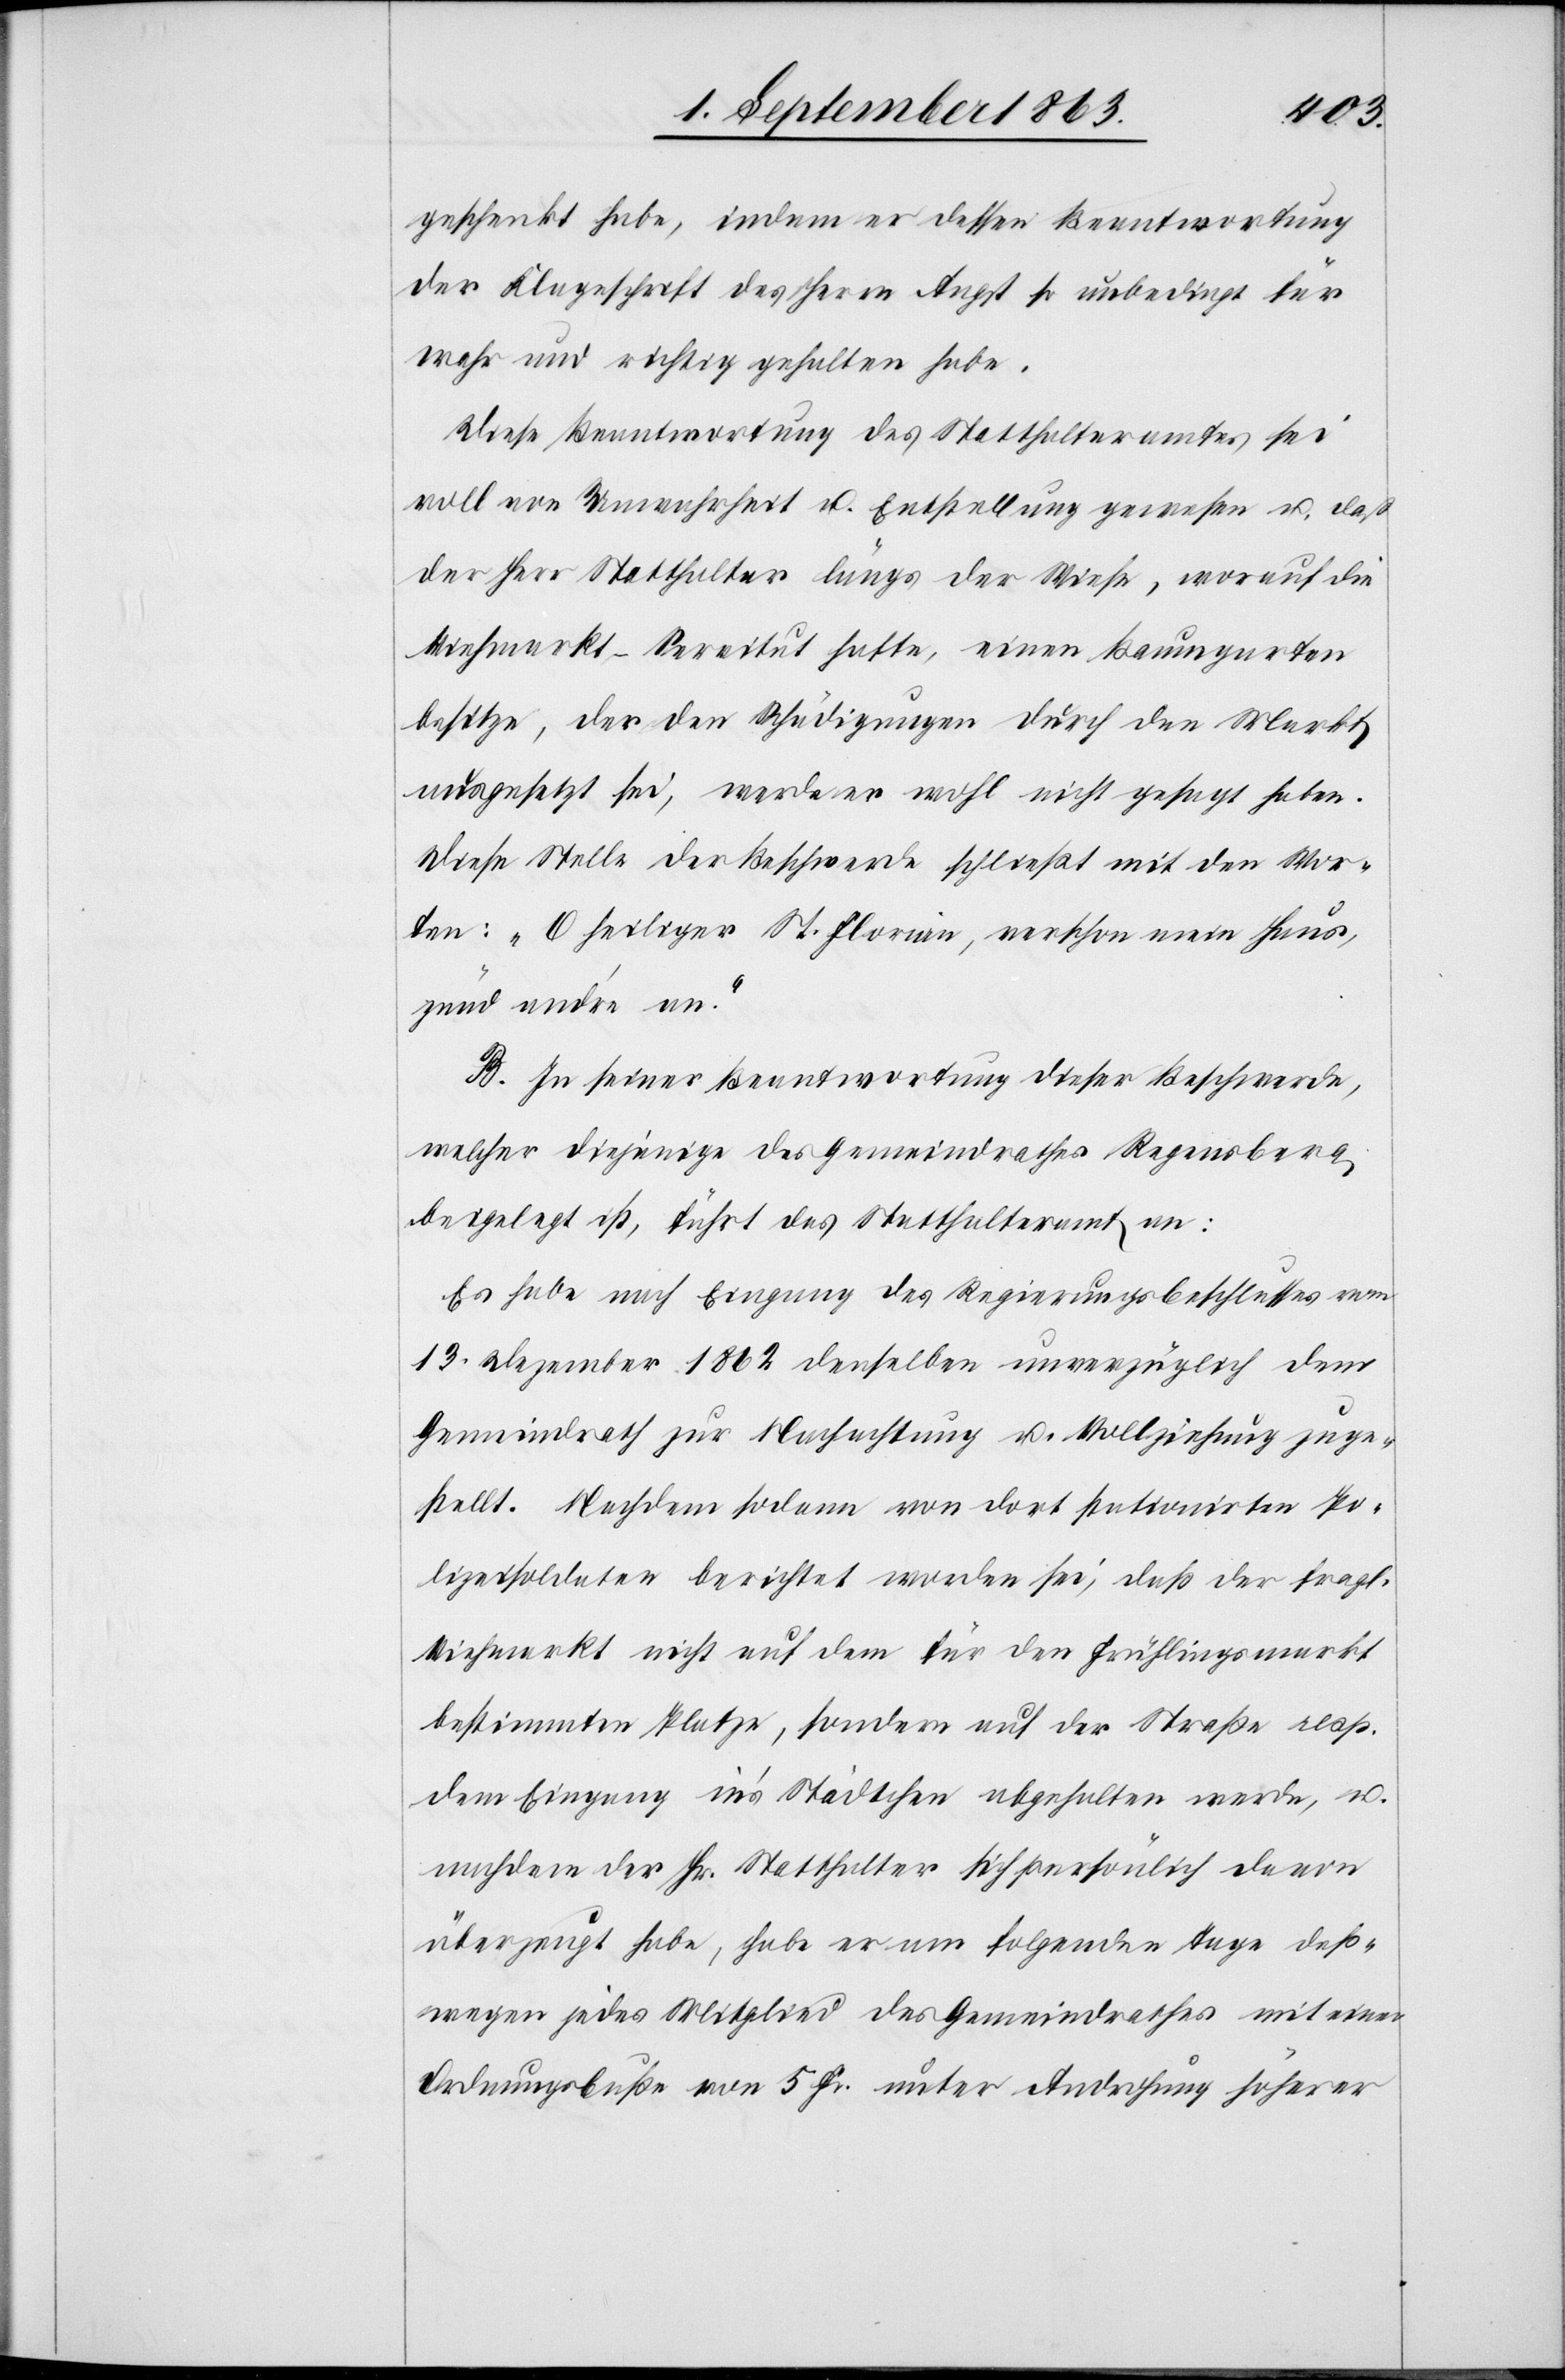
geschenkt habe, indem er dessen Beantwortung
der Klageschrift des Herrn Angst so unbedingt für
wahr und richtig gehalten habe.
Diese Beantwortung des Statthalteramtes sei
voll von Unwahrheit u. Entstellung gewesen u. daß
der Herr Statthalter längs der Wiese, worauf die
Viehmarkt-Servitut hafte, einen Baumgarten
besitze, der den Schädigungen durch den Markt
ausgesetzt sei, werde er wohl nicht gesagt haben.
Diese Stelle der Beschwerde schließt mit den Wor¬
ten: „O heiliger St. Florian, verschon mein Haus,
zünd and're an.“
B. In seiner Beantwortung dieser Beschwerde,
welcher diejenige des Gemeindrathes Regensberg
beigelegt ist, führt das Statthalteramt an:
Es habe nach Eingang des Regierungsbeschlusses vom
13. Dezember 1862 denselben unverzüglich dem
Gemeindrath zur Nachachtung u. Vollziehung zuge¬
stellt. Nachdem sodann von dort stationirten Po¬
lizeisoldaten berichtet worden sei, daß der fragl.
Viehmarkt nicht auf dem für den Frühlingsmarkt
bestimmten Platze, sondern auf der Straße resp.
dem Eingang in's Städtchen abgehalten werde, u.
nachdem der Hr. Statthalter sich persönlich davon
überzeugt habe, habe er am folgenden Tage deß¬
wegen jedes Mitglied des Gemeindrathes mit einer
Ordnungsbuße von 5 Fr. unter Androhung höherer